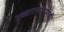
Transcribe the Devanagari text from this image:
उच्चारणाऱ्यांची